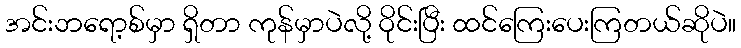
အင်းဘရော့စ်မှာ ရှိတာ ကုန်မှာပဲလို့ ဝိုင်းပြီး ထင်ကြေးပေးကြတယ်ဆိုပဲ။